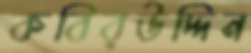
কবিরউদ্দিন